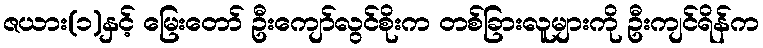
ဇယား(၁)နှင့် မြေးတော် ဦးကျော်လွင်စိုးက တစ်ခြားလူများကို ဦးကျင်ရိန်က